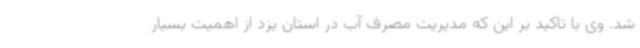
شد. وی با تاکید بر این که مدیریت مصرف آب در استان یزد از اهمیت بسیار